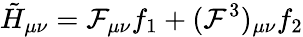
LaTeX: \tilde{H}_{\mu\nu}={\cal F}_{\mu\nu}f_{1}+({\cal F}^{3})_{\mu\nu}f_{2}